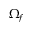
\Omega _ { f }